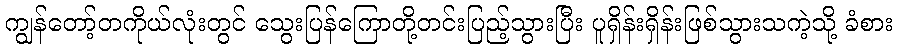
ကျွန်တော့်တကိုယ်လုံးတွင် သွေးပြန်ကြောတို့တင်းပြည့်သွားပြီး ပူရှိန်းရှိန်းဖြစ်သွားသကဲ့သို့ ခံစား